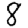
Digit: 8